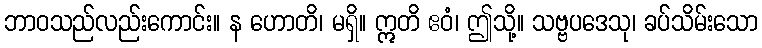
ဘာဝသည်လည်းကောင်း။ န ဟောတိ၊ မရှိ။ ဣတိ ဧဝံ၊ ဤသို့။ သဗ္ဗပဒေသု၊ ခပ်သိမ်းသော